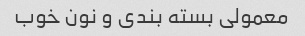
معمولی بسته بندی و نون خوب